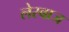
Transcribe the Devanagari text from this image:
लेस्बाज